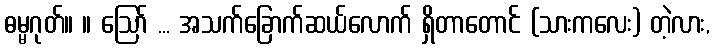
ဓမ္မဂုတ်။ ။ ဩော် ... အသက်ခြောက်ဆယ်လောက် ရှိတာတောင် (သားကလေး) တဲ့လား,